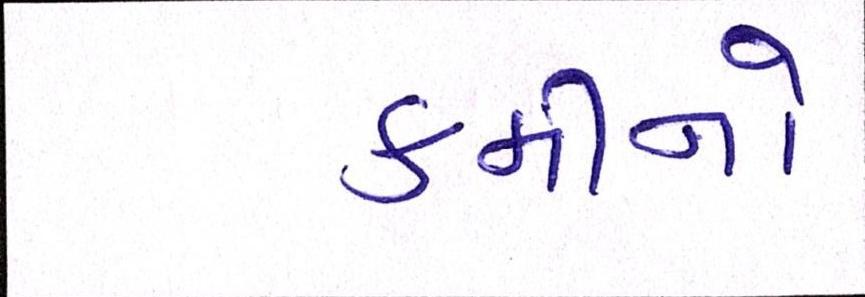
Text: કમીનો